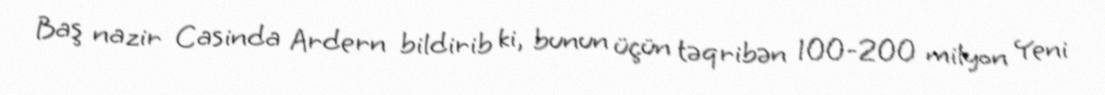
Baş nazir Casinda Ardern bildirib ki, bunun üçün təqribən 100-200 milyon Yeni